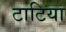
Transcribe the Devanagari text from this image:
टाटिया